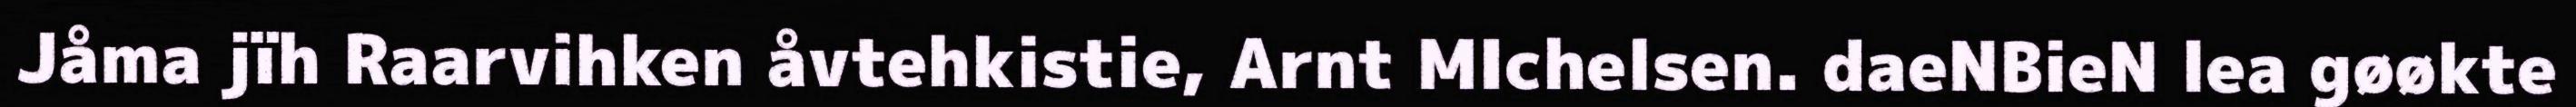
Jåma jïh Raarvihken åvtehkistie, Arnt MIchelsen. daeNBieN lea gøøkte